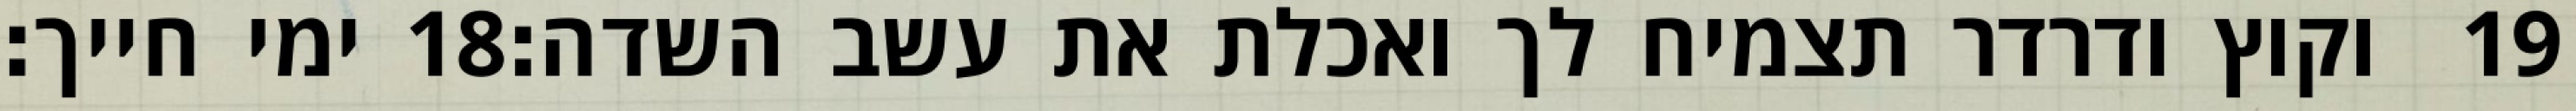
ימי חייך׃ ‎18‏ וקוץ ודרדר תצמיח לך ואכלת את עשב השדה׃ ‎19‏